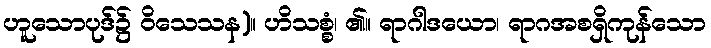
ဟူသောပုဒ်၌ ဝိသေသန)။ ဟိသစ္စံ၊ ၏။ ရာဂါဒယော၊ ရာဂအစရှိကုန်သော